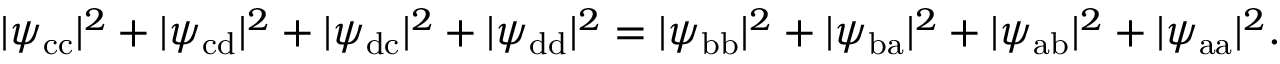
| \psi _ { \mathrm { c c } } | ^ { 2 } + | \psi _ { \mathrm { c d } } | ^ { 2 } + | \psi _ { \mathrm { d c } } | ^ { 2 } + | \psi _ { \mathrm { d d } } | ^ { 2 } = | \psi _ { \mathrm { b b } } | ^ { 2 } + | \psi _ { \mathrm { b a } } | ^ { 2 } + | \psi _ { \mathrm { a b } } | ^ { 2 } + | \psi _ { \mathrm { a a } } | ^ { 2 } .